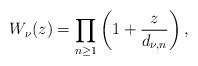
LaTeX: \begin{align*}W_{\nu }(z)=\prod\limits_{n\geq 1}\left( 1+\frac{z}{d_{\nu ,n}}\right),\end{align*}